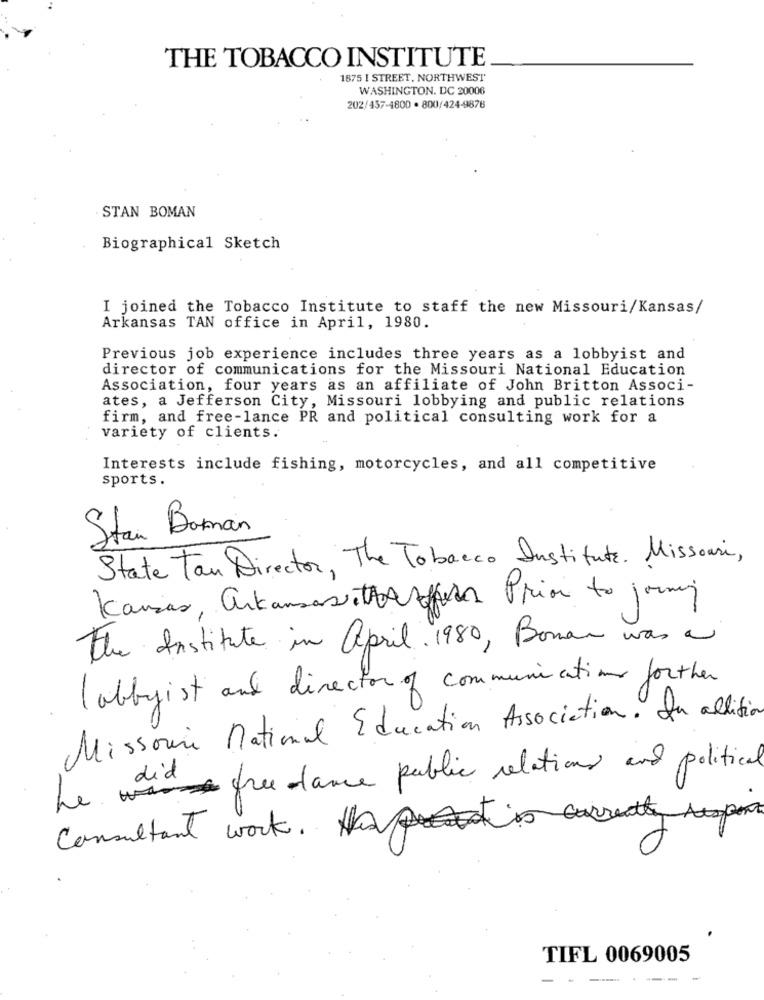
THE TOBACCO INSTITUTE
1875 1 STREET, NORTHWEST
WASHINGTON, DC 20006
202/457-4800 . 800/424-9878
.STAN BOMAN
Biographical Sketch
I joined the Tobacco Institute to staff the new Missouri/Kansas/
Arkansas TAN office in April, 1980.
Previous job experience includes three years as a lobbyist and
director of communications for the Missouri National Education
Association, four years as an affiliate of John Britton Associ-
ates, a Jefferson City, Missouri lobbying and public relations
firm, and free-lance PR and political consulting work for a
variety of clients.
Interests include fishing, motorcycles, and all competitive
sports.
Stan Bornan
State Tan Director, The Tobacco Institute. Missouri,
Kansas, arkansas thatfern Prior to joining
The Institute in april 1980, Boman was a
lobbyist and director of communications forther
Missouri National Education Association. In allitio
Le freelance public relations and political
Consultant work. currently
TIFL 0069005